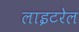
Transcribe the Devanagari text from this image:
लाइटरेल